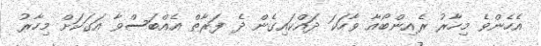
އެހެންވެ މިހާރު ރެއިންބޯއާ ވާހަކަ ދައްކައިގެން ދެ ފަރާތް އެއްބަސްވާ އަގަކަށް މިހާރު